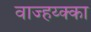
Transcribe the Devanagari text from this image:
वाज्हय्क्का